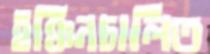
ইঞ্চিনচালিত